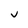
Character: j